画像に写った文字を読んでください
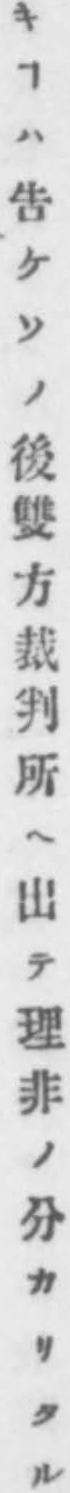
「キヿハ吿ケソノ後雙方裁判所へ出テ理非ノ分カリタル」と書いてあります